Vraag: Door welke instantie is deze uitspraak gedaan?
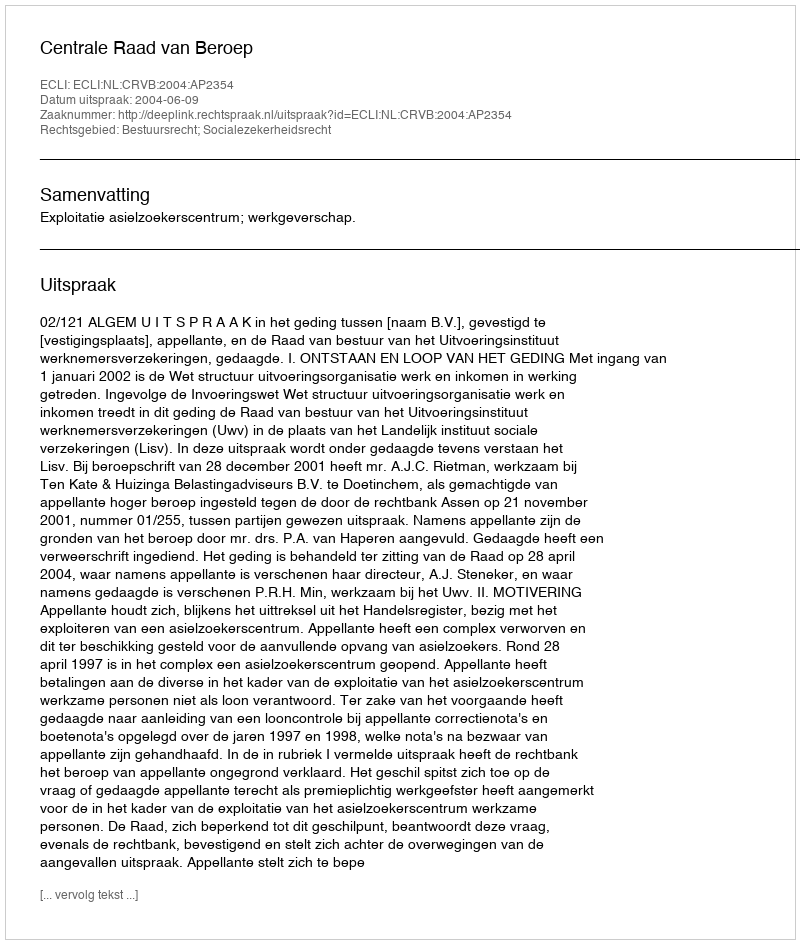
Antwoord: Centrale Raad van Beroep